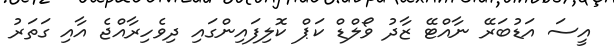
އީސަ އަޑުބަރޭ ނާއްޓޭ ޒާދު ވޯލްޑް ކަޕް ކޮލިފައިންގައި ދިވެހިރާއްޖެ އާއި ގަތަރު